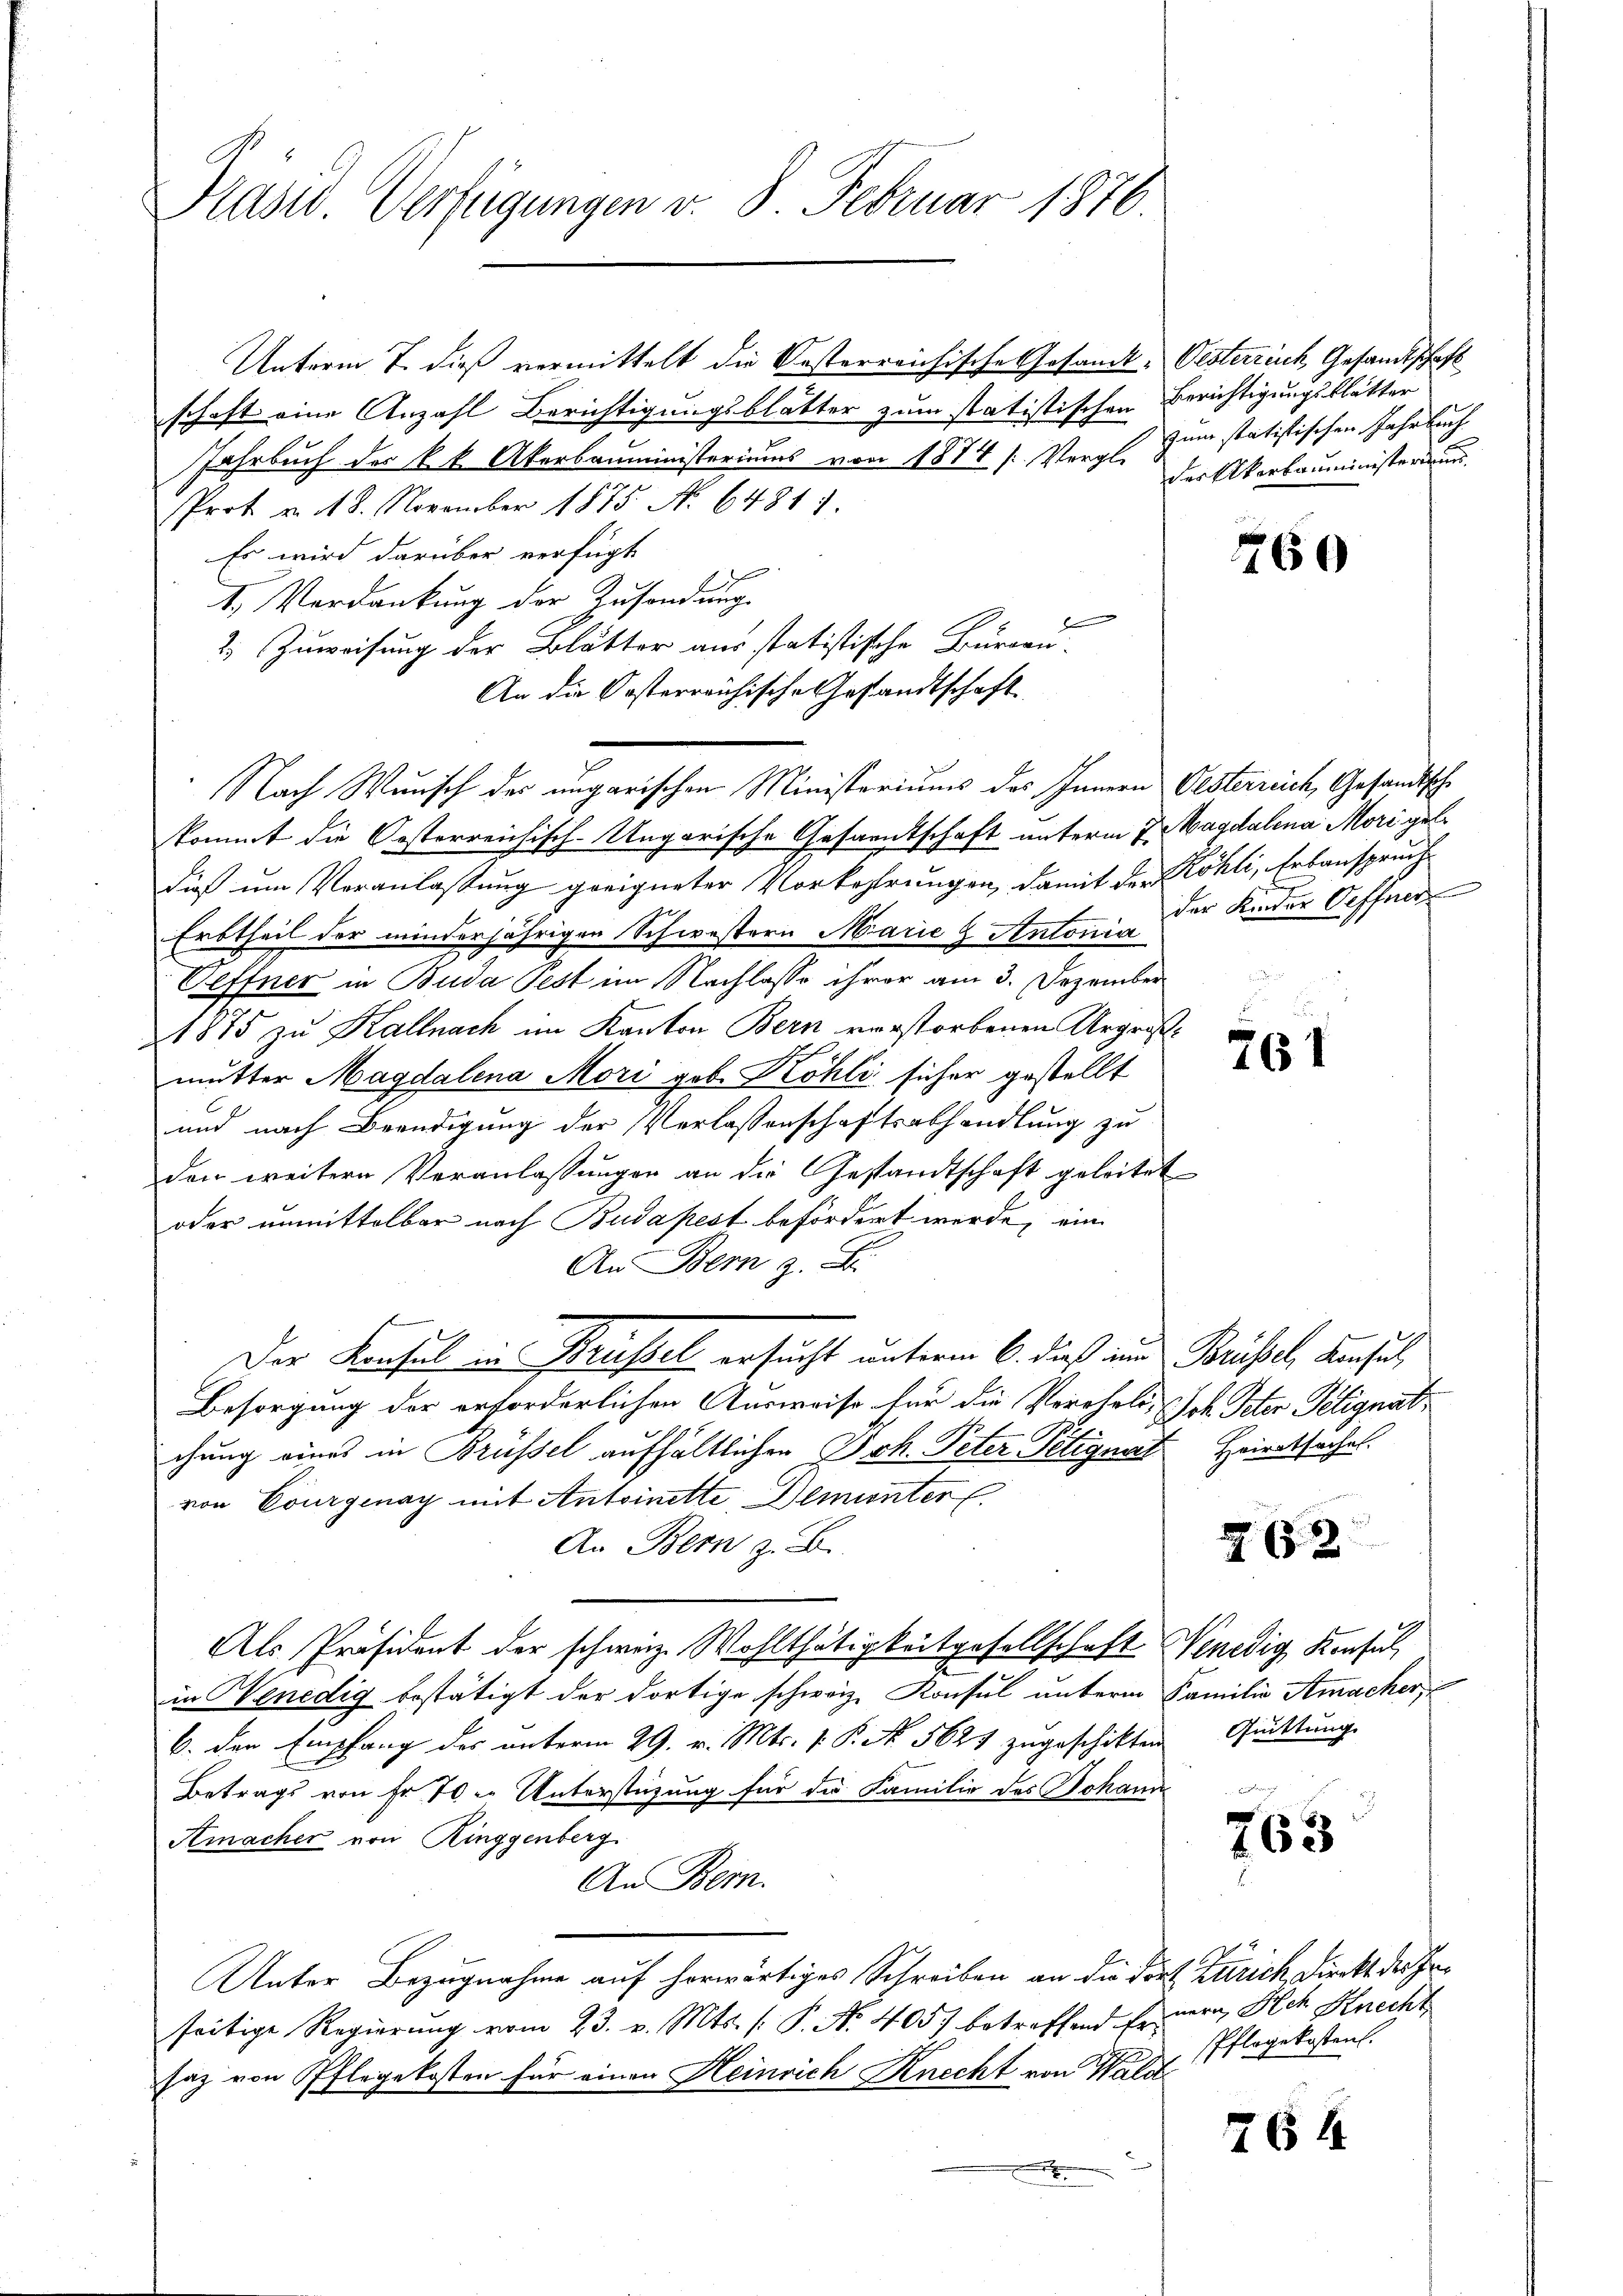
Präsid. Verfügungen v. 8. Februar 1876.

Unterm 7. dieß vermittelt die Kosterreichische Gesant Oesterrich, Gesandtschaft
schaft eine Anzahl Berichtigungsblätter zum statistischen Berichtigungsblätter
Jahrbuch des kk Akerbauministeriums von 1874 (Vergl.
Prot v. 18. November 1875. No 64811.
Es wird darüber verfügt
r
I. Verdankung der Zusendung
h
2.) Zuweisung der Blutter aus statistische Burcan-
An die Kosterreichische Gestandtschaft
Nach Wunsch des ungarischen Ministeriums des Innern Oesterreich, Gesandtsche
kommt die Oesterreichisch-Ungarische Gesamtschaft unterm 7. Magdalena Mori geldieß um Veranlaßung geeigneter Vorkehrungen, damit der Köhli, Erbanspruch
Erbtheil der minderjährigen Schwestern Marie & Antonia
Veffner in Buda Pest im Nachlasse ihrer am 3. Dezember
1875 zu Kalnach im Kanton Bern verstorbenen Urgrosmutter Magdalena Mori geb. Kohli sicher gestellt
und nach Beendigung der Verlassenschaftsabhandlung zu
den weitere Veranlassungen an die Gestandtschaft geleitet
oder unmittelbar nach Budapest befördert werde, eine
An Bern z. B.
Der Konsul in Brustel ersucht unterm 6. dieß am Brisse Konsul¬
Besorgung der erforderlichen Ausweise für die Verehelich Peter Pelignat
chung eines in Brüssel aufhältlichen Joh. Peter Petignat Heiratsache.
von Courgenay mit Antoinette Demunter
An Bern z. B.
Als Präsident der schweiz. Wohlthätigkeitgesellschaft Venedig Konsul
in Wenedig bestätigt der dortige schweiz. Konsul unterm Familie Amacher,
6. den Empfang des unterm 29. v. Mts. f. P. N. 5623 zugeschikten Quittung
Betrags von Fr. 70. Unterstüzung für die Familie des Johann
Amacher von Ringgenberg
An Bem
Unter Bezugnahme auf herwärtiges Schreiben an die Dort Zürich Direkt der Geseitige Regierung vom 23. v. Mts. (: P. Nr. 405) betreffend Ersaz von Pflegekosten für einen Heinrich Knecht von Walde

zum statistischen Jahrbuch
der Akerbauministeriums

760

der Kinder Oeffner

261

263

763

nern, Hch. Knecht
Pflegekosten.

764